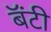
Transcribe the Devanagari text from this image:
बॅंटी